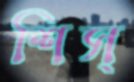
শিস্